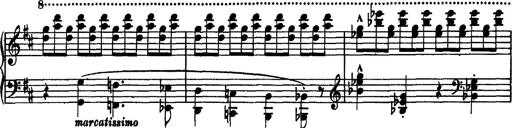
Title: Piano Sonata
Composer: Karl HÃ¤ssler
Key: C major